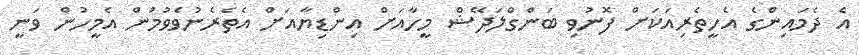
އެ ދެމައިންގެ އެހީތެރިއަކަށް ފޮނުވި ބަންގްލަދޭޝް މީހާއަށް އިންޑިޔާއަށް އެތެރެނުވެވުމުން އެމީހުން ވަނީ